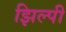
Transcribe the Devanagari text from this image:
झिल्पी